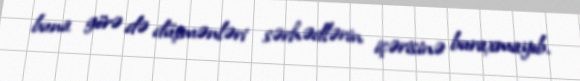
buna görə də düşmənləri sərhədlərin içərisinə buraxmayıb.